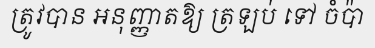
ត្រូវបាន អនុញ្ញាតឱ្យ ត្រឡប់ ទៅ ចំប៉ា